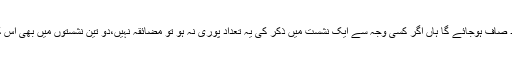
یہ پہلا سبق اتنا ہی جلد صاف ہوجائے گا ہاں اگر کسی وجہ سے ایک نشست میں ذکر کی یہ تعداد پوری نہ ہو تو مضائقہ نہیں،دو تین نشستوں میں بھی اس کو پورا کرسکتے ہیں۔